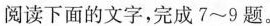
阅读下面的文字，完成7～9题。